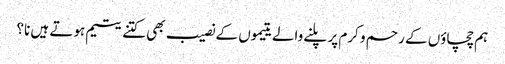
ہم چچاؤں کے رحم و کرم پر پلنے والے یتیموں کے نصیب بھی کتنے یتیم ہوتے ہیں نا؟